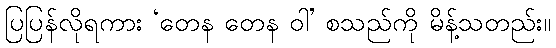
ပြပြန်လိုရကား ‘တေန တေန ဝါ’ စသည်ကို မိန့်သတည်း။